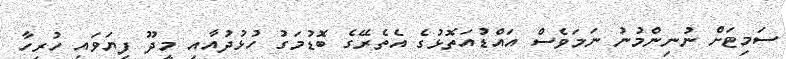
ސަމިޓަށް ނުނިންމުނު ނަމަވެސް އައްޑުއަތޮޅުގެ އެތެރޭގެ ބޮޑުމަގު ހުޅުދުއާއި މީދޫ ފިޔަވައި ހުރިހާ